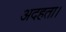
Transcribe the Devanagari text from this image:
अदहता।